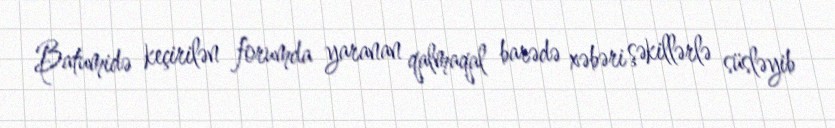
Batumidə keçirilən forumda yaranan qalmaqal barədə xəbəri şəkillərlə süsləyib